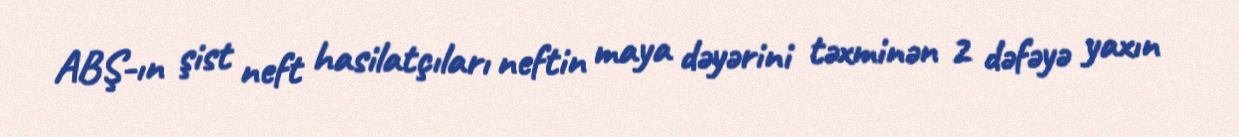
ABŞ-ın şist neft hasilatçıları neftin maya dəyərini təxminən 2 dəfəyə yaxın